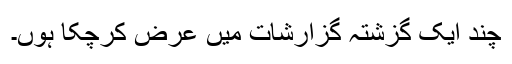
چند ایک گزشتہ گزارشات میں عرض کرچکا ہوں۔